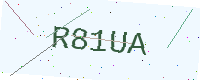
Text: R81UA